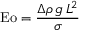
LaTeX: \mathrm { E o } = { \frac { \Delta \rho \, g \, L ^ { 2 } } { \sigma } }